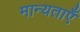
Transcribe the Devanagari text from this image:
मान्‍यताएँ